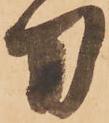
刀